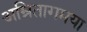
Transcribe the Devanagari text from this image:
अम्रितागमया